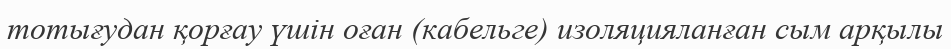
тотығудан қорғау үшін оған (кабельге) изоляцияланған сым арқылы